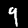
Label: 9